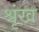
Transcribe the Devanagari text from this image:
श्रृंख